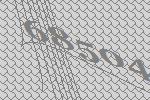
68504